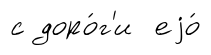
с доро́г'и еjо́